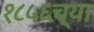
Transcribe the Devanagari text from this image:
१८५६च्या